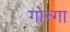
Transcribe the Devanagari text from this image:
गोन्गा